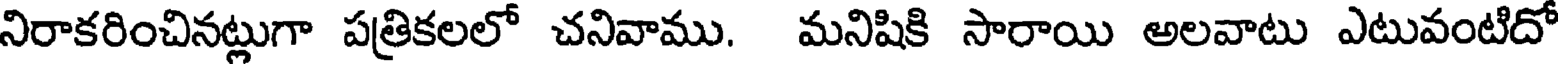
నిరాకరించినట్లుగా పత్రికలలో చనివాము. మనిషికి సారాయి అలవాటు ఎటువంటిదో